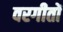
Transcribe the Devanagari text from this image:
वरगीतों